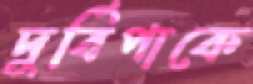
দুর্বিপাকে